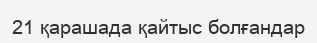
21 қарашада қайтыс болғандар